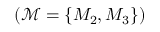
( \mathcal { M } = \{ M _ { 2 } , M _ { 3 } \} )